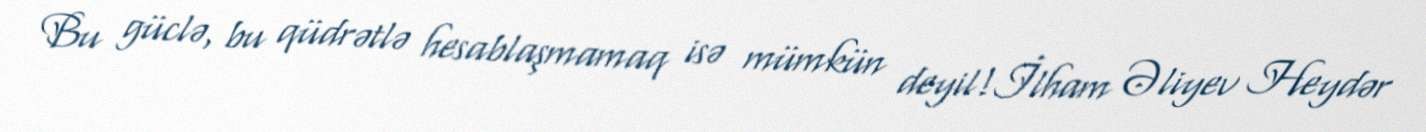
Bu güclə, bu qüdrətlə hesablaşmamaq isə mümkün deyil!İlham Əliyev Heydər